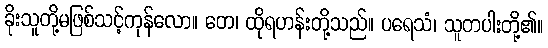
ခိုးသူတို့မဖြစ်သင့်ကုန်လော။ တေ၊ ထိုရဟန်းတို့သည်။ ပရေသံ၊ သူတပါးတို့၏။